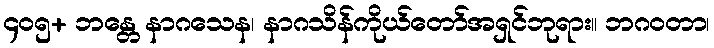
၄၀၅+ ဘန္တေ နာဂသေန၊ နာဂသိန်ကိုယ်တော်အရှင်ဘုရား။ ဘဂဝတာ၊